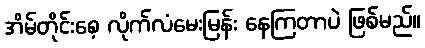
အိမ်တိုင်းစေ့ လိုက်လံမေးမြန်း နေကြတာပဲ ဖြစ်မည်။